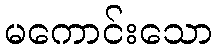
မကောင်းသော